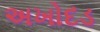
અખોદડ